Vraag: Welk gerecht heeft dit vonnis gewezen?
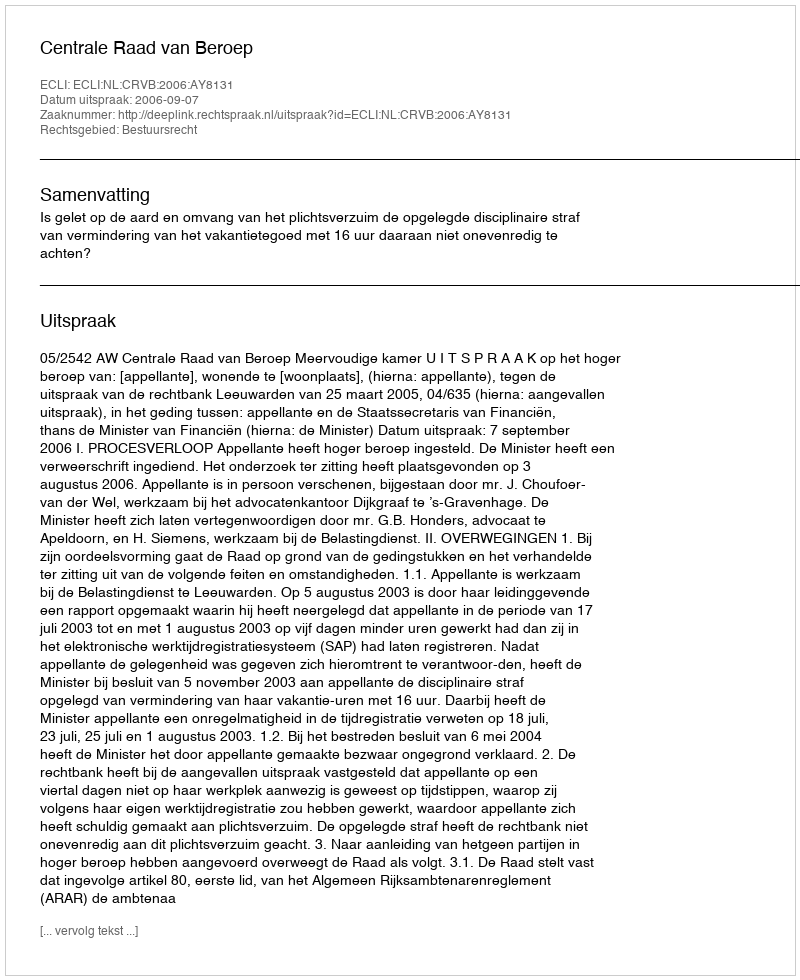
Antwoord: Centrale Raad van Beroep